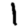
Digit: 1